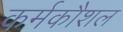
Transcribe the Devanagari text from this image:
कर्मकौशल